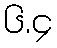
၆.၄